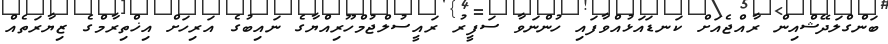
ބަންގްލަދޭޝްއިން ރާއްޖެއަށް ކަނޑައަޅުއްވާފައި ހުންނަވާ ސަފީރު ރައީސުލްޖުމްހޫރިއްޔާގެ ނައިބުގެ އަރިހަށް އިޚްތިރާމްގެ ޒިޔާރަތެއް